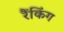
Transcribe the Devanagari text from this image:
रैंकिंग